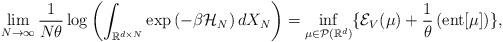
LaTeX: \begin{align*} \lim_{N \to \infty} \frac{1}{N \theta} \log \left( \int_{\mathbb{R}^{d \times N}} \exp \left( - \beta \mathcal{H}_{N} \right) d X_{N} \right) = \inf_{\mu \in \mathcal{P}(\mathbb{R}^{d})} \{ \mathcal{E}_{V} (\mu) +\frac{1}{\theta} \left( {\rm ent}[\mu] \right) \},\end{align*}